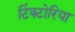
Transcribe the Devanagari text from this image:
टिंक्टोरिया